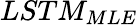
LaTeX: LSTM_{MLE}